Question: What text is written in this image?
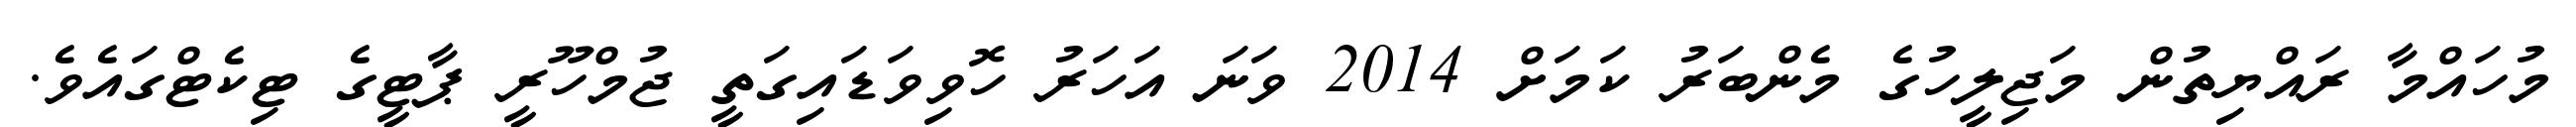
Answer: މުހައްމާ ރައްޔިތުން މަޖިލީހުގެ މެންބަރު ކަމަށް 2014 ވަނަ އަހަރު ހޮވިވަޑައިގަތީ ޖުމްހޫރީ ޕާޓީގެ ޓިކެޓްގައެވެ.